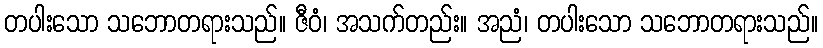
တပါးသော သဘောတရားသည်။ ဇီဝံ၊ အသက်တည်း။ အညံ၊ တပါးသော သဘောတရားသည်။